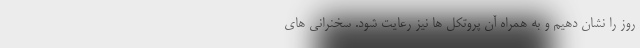
روز را نشان دهیم و به همراه آن پروتکل ها نیز رعایت شود. سخنرانی های